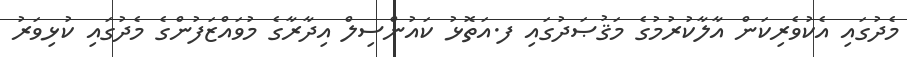
މެދުގައި އެކުވެރިކަން އާލާކުރުމުގެ މަޤުޞަދުގައި ފ.އަތޮޅު ކައުންސިލް އިދާރާގެ މުވައްޒަފުންގެ މެދުގައި ކުޅިވަރު